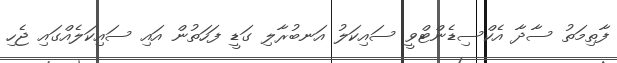
ފާތިމަތު ސާދާ އެކްސިޑެންޓްވީ ސައިކަލު އަނބުރާލި ގަޑީ ފަހަތުން އައި ސައިކަލެއްގައި ޖެހި